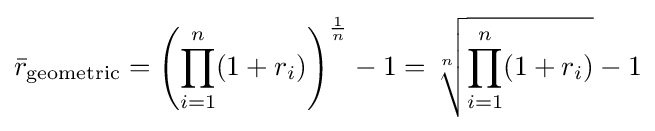
{\bar {r}}_{\mathrm {geometric} }=\left(\prod _{i=1}^{n}(1+r_{i})\right)^{\frac {1}{n}}-1={\sqrt[{n}]{\prod _{i=1}^{n}(1+r_{i})}}-1